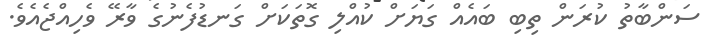
ސަންބާތު ކުރަން ތިބި ބައެއް ގަޔަށް ކުއްލި ގޮތަކަށް ގަނޑުފެނުގެ ވާރޭ ވެހިއްޖެއެވެ.